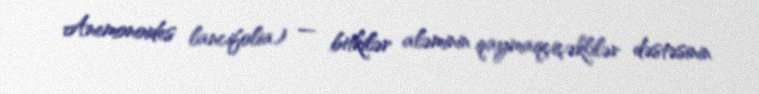
Anemonoides lancifolia) — bitkilər aləminin qaymaqçiçəklilər dəstəsinin